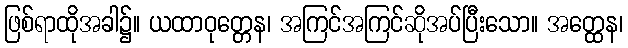
ဖြစ်ရာထိုအခါ၌။ ယထာဝုတ္တေန၊ အကြင်အကြင်ဆိုအပ်ပြီးသော။ အတ္ထေန၊